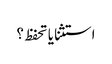
استثنا یا تحفظ ؟